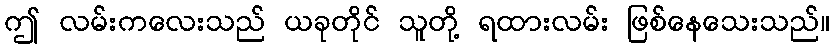
ဤ လမ်းကလေးသည် ယခုတိုင် သူတို့ ရထားလမ်း ဖြစ်နေသေးသည်။